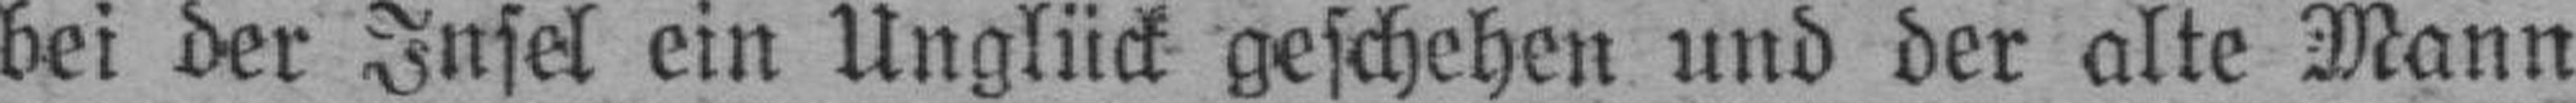
bei der Insel ein Unglück geschehen und der alte Mann